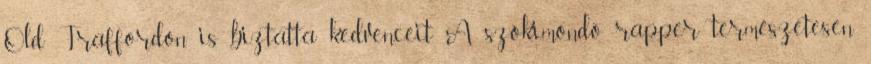
Old Traffordon is biztatta kedvenceit. A szókimondó rapper természetesen